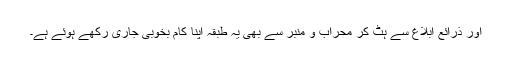
اور ذرائع ابلاغ سے ہٹ کر محراب و منبر سے بھی یہ طبقہ اپنا کام بخوبی جاری رکھے ہوئے ہے۔